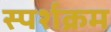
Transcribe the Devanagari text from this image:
स्पर्शक्रम